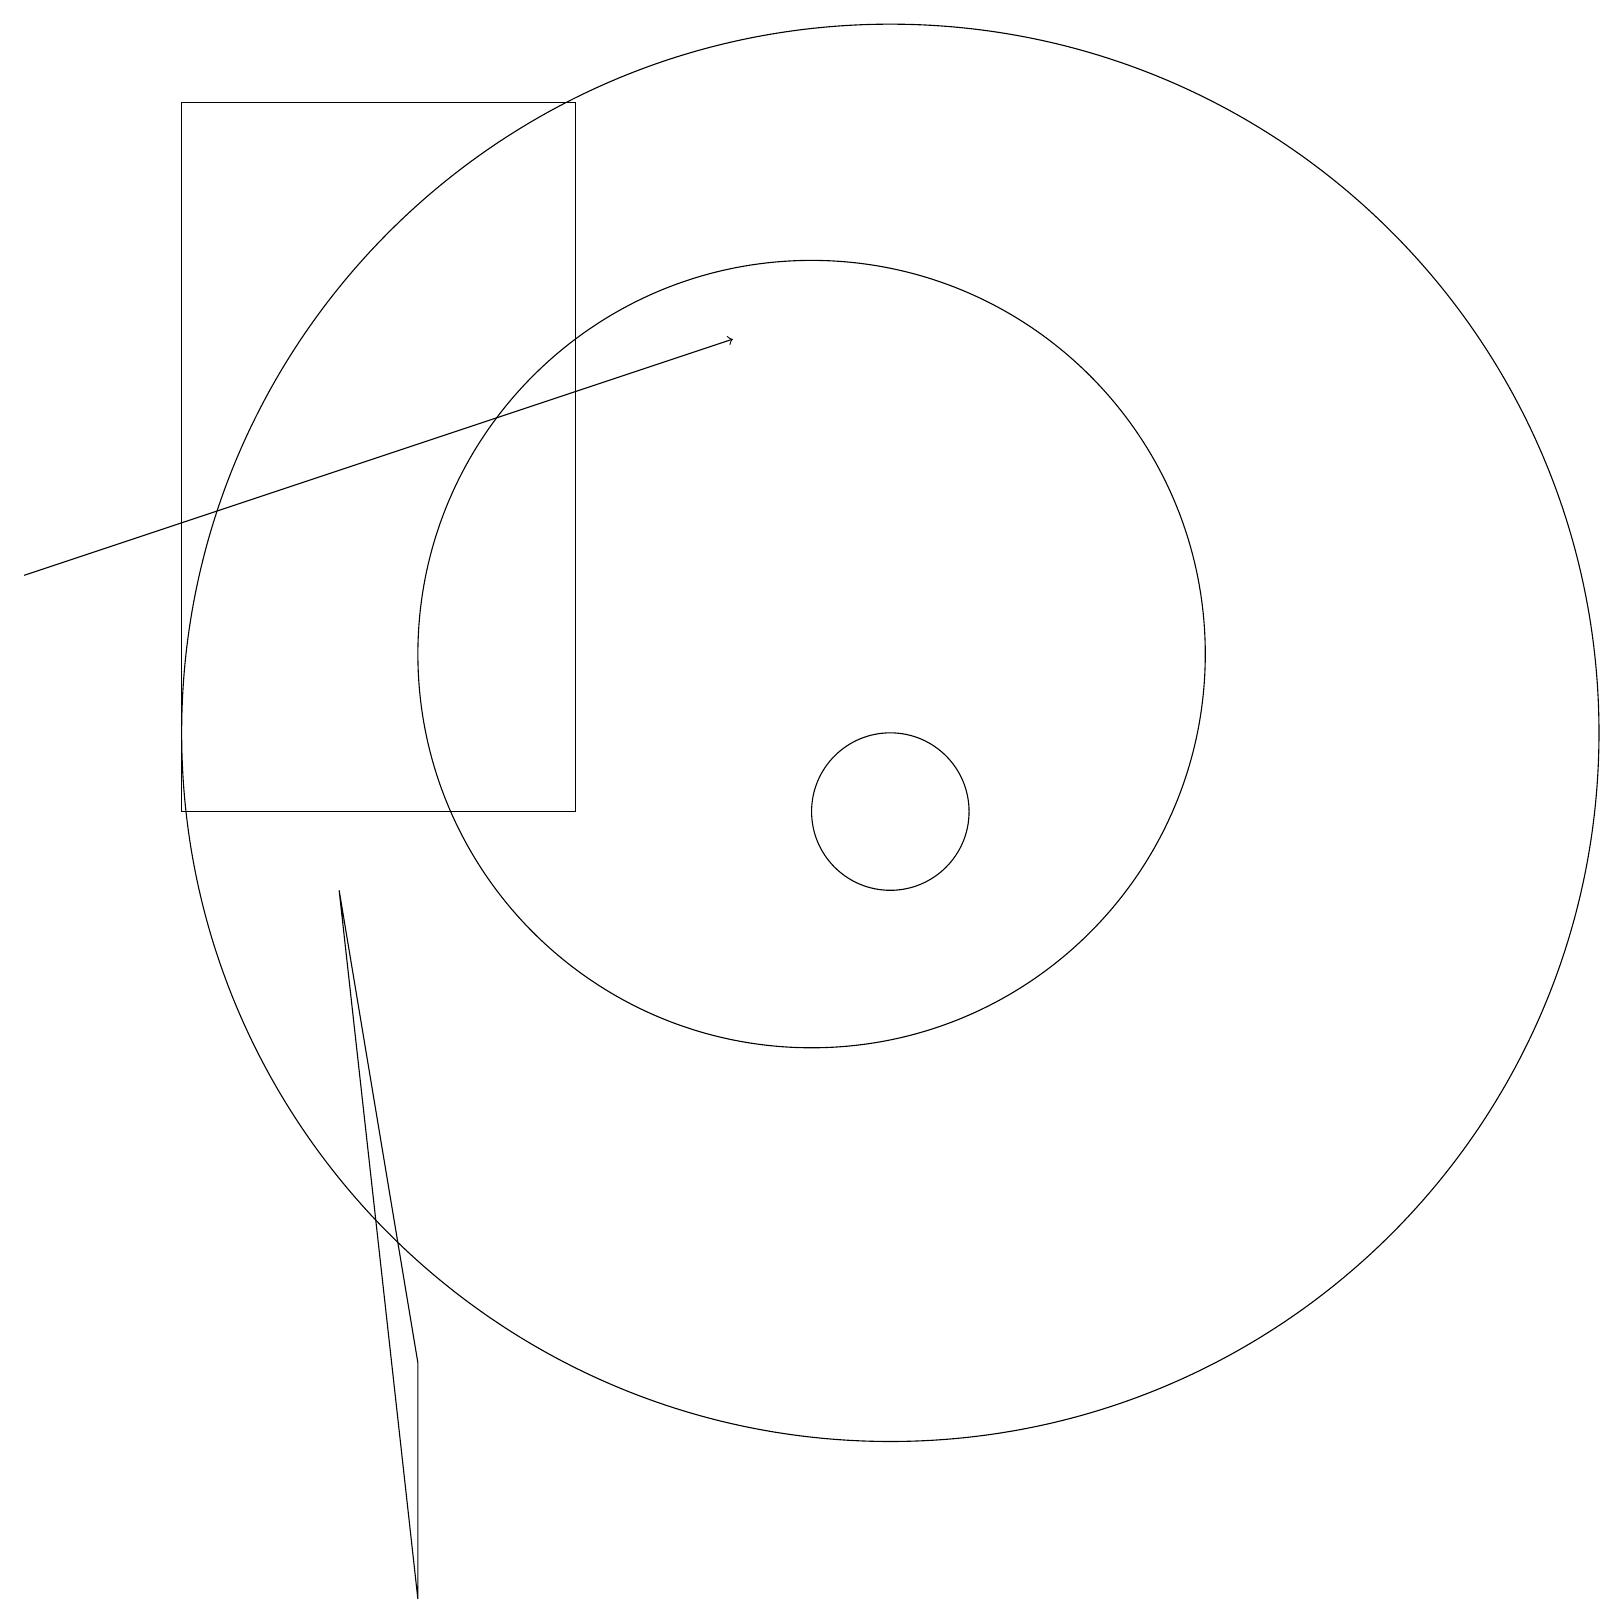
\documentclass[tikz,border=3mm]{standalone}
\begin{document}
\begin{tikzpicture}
\draw[->] (0,13) -- (9,16);
\draw (10,12) circle (5);
\draw (2,10) rectangle (7,19);
\draw (11,11) circle (9);
\draw (11,10) circle (1);
\draw (4,9) -- (5,0) -- (5,3) -- cycle;
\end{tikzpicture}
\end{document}